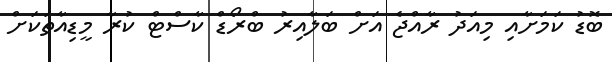
ބޮޑު ކަމަށާއި މިއަދު ރާއްޖެ އަށް ބަލާއިރު ބްރޯޑް ކާސްޓް ކުރާ މީޑިއާތަކަށް